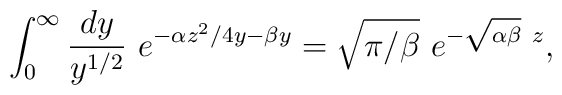
\int_0^\infty \frac{dy}{y^{1/2}}~e^{-\alpha z^2/4y-\beta y}=\sqrt{\pi/\beta}~e^{-\sqrt{\alpha\beta}~z},